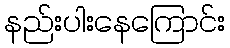
နည်းပါးနေကြောင်း